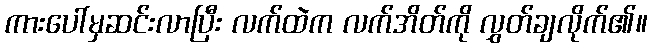
ကားပေါ်မှဆင်းလာပြီး လက်ထဲက လက်အိတ်ကို လွှတ်ချလိုက်၏။